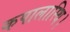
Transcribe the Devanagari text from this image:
कपालास्थि।